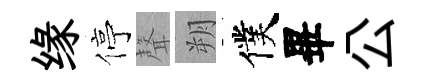
缘停聲朔僕畢公